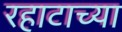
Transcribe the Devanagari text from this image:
रहाटाच्या